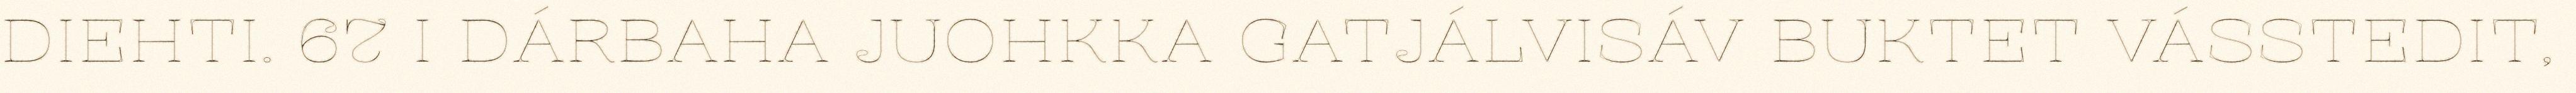
DIEHTI. 67 I DÁRBAHA JUOHKKA GATJÁLVISÁV BUKTET VÁSSTEDIT,